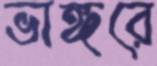
ভাঙ্গরে